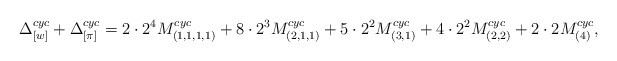
\begin{align*}\Delta_{[w]}^{cyc}+\Delta_{[\pi]}^{cyc}=2\cdot 2^4M^{cyc}_{(1,1,1,1)}+8\cdot 2^3M^{cyc}_{(2,1,1)}+5\cdot 2^2M^{cyc}_{(3,1)}+4\cdot 2^2M^{cyc}_{(2,2)}+2\cdot 2M^{cyc}_{(4)},\end{align*}